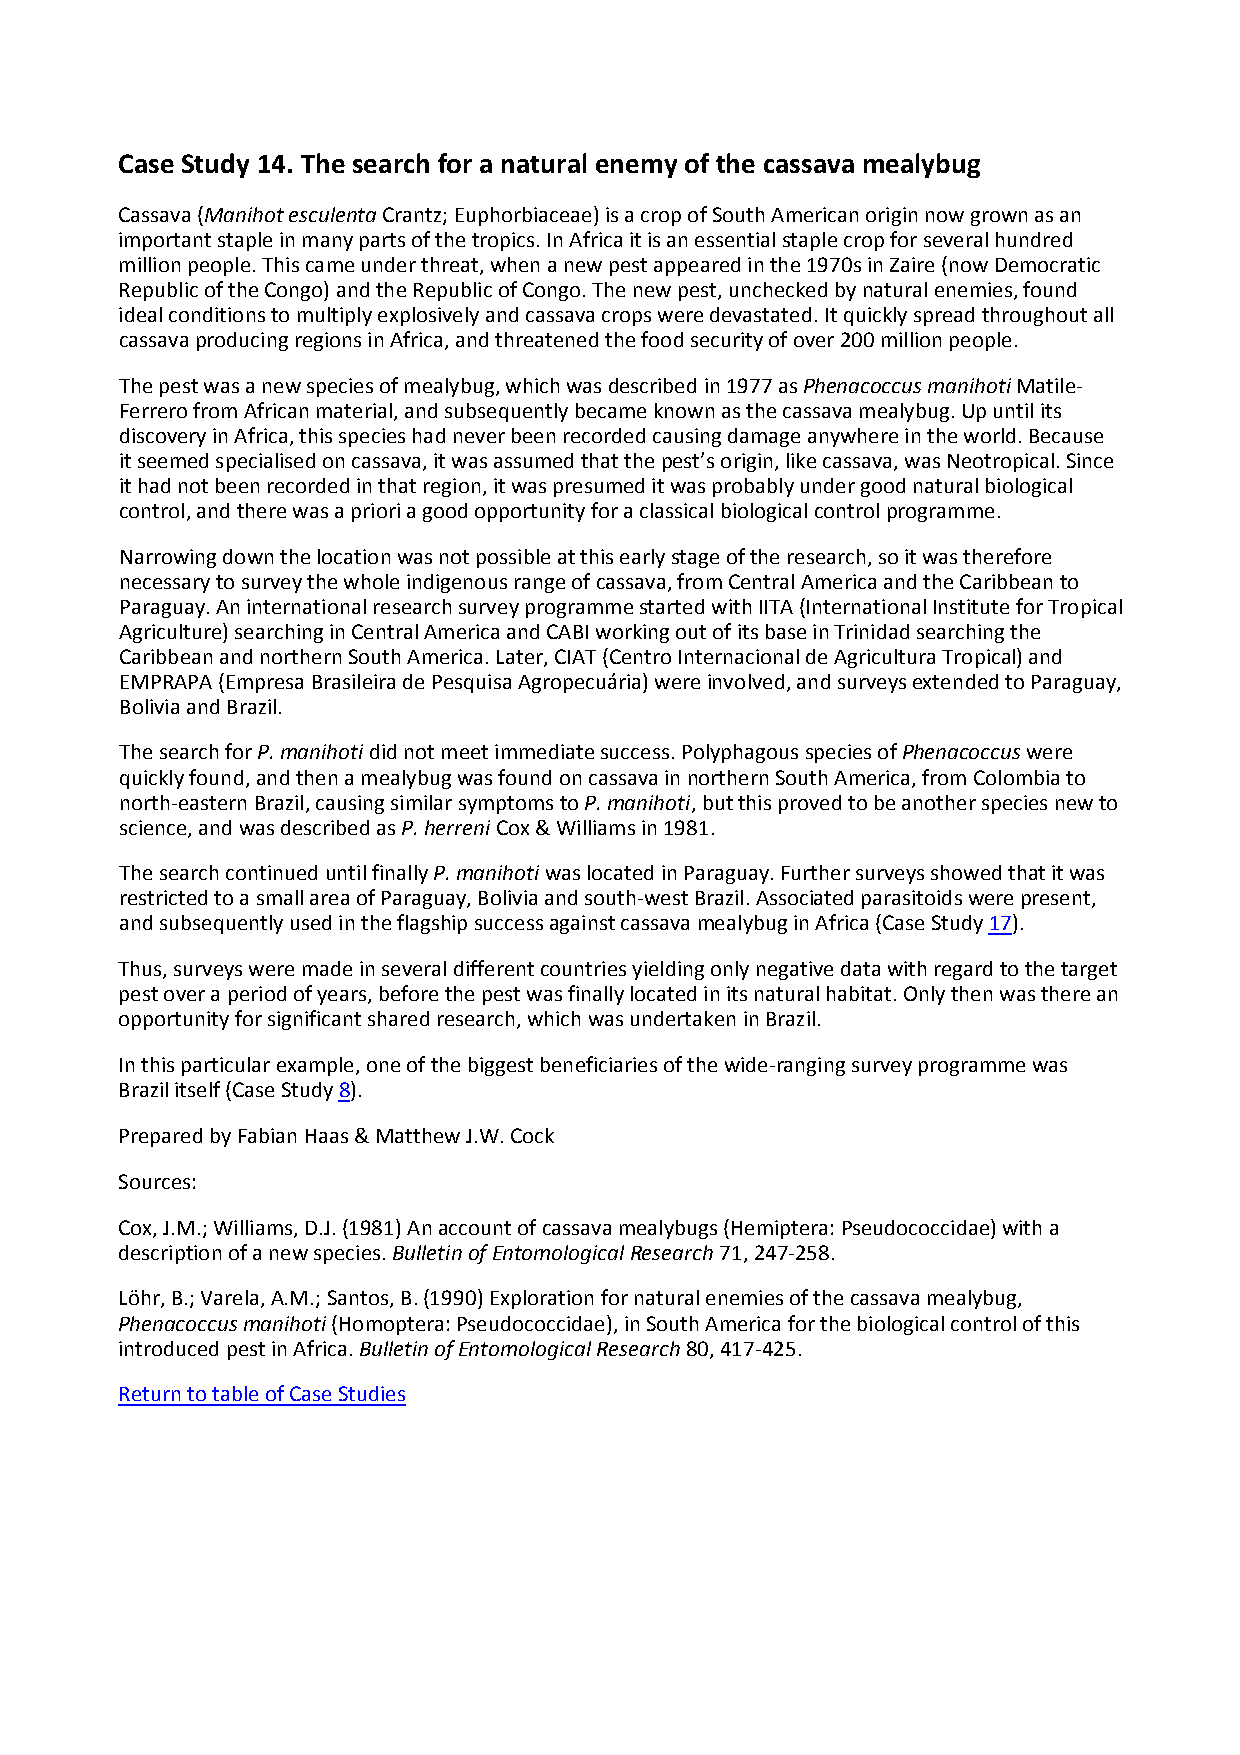
Case Study 14. The search for a natural enemy of the cassava mealybug
 Cassava (Manihot esculenta Crantz; Euphorbiaceae) is a crop of South American origin now grown as an
 important staple in many parts of the tropics. In Africa it is an essential staple crop for several hundred
 million people. This came under threat, when a new pest appeared in the 1970s in Zaire (now Democratic
 Republic of the Congo) and the Republic of Congo. The new pest, unchecked by natural enemies, found
 ideal conditions to multiply explosively and cassava crops were devastated. It quickly spread throughout all
 cassava producing regions in Africa, and threatened the food security of over 200 million people.
 The pest was a new species of mealybug, which was described in 1977 as Phenacoccus manihoti Matile‐
 Ferrero from African material, and subsequently became known as the cassava mealybug. Up until its
 discovery in Africa, this species had never been recorded causing damage anywhere in the world. Because
 it seemed specialised on cassava, it was assumed that the pest’s origin, like cassava, was Neotropical. Since
 it had not been recorded in that region, it was presumed it was probably under good natural biological
 control, and there was a priori a good opportunity for a classical biological control programme.
 Narrowing down the location was not possible at this early stage of the research, so it was therefore
 necessary to survey the whole indigenous range of cassava, from Central America and the Caribbean to
 Paraguay. An international research survey programme started with IITA (International Institute for Tropical
 Agriculture) searching in Central America and CABI working out of its base in Trinidad searching the
 Caribbean and northern South America. Later, CIAT (Centro Internacional de Agricultura Tropical) and
 EMPRAPA (Empresa Brasileira de Pesquisa Agropecuária) were involved, and surveys extended to Paraguay,
 Bolivia and Brazil.
 The search for P. manihoti did not meet immediate success. Polyphagous species of Phenacoccus were
 quickly found, and then a mealybug was found on cassava in northern South America, from Colombia to
 north‐eastern Brazil, causing similar symptoms to P. manihoti, but this proved to be another species new to
 science, and was described as P. herreni Cox & Williams in 1981.
 The search continued until finally P. manihoti was located in Paraguay. Further surveys showed that it was
 restricted to a small area of Paraguay, Bolivia and south‐west Brazil. Associated parasitoids were present,
 and subsequently used in the flagship success against cassava mealybug in Africa (Case Study 17).
 Thus, surveys were made in several different countries yielding only negative data with regard to the target
 pest over a period of years, before the pest was finally located in its natural habitat. Only then was there an
 opportunity for significant shared research, which was undertaken in Brazil.
 In this particular example, one of the biggest beneficiaries of the wide‐ranging survey programme was
 Brazil itself (Case Study 8).
 Prepared by Fabian Haas & Matthew J.W. Cock
 Sources:
 Cox, J.M.; Williams, D.J. (1981) An account of cassava mealybugs (Hemiptera: Pseudococcidae) with a
 description of a new species. Bulletin of Entomological Research 71, 247‐258.
 Löhr, B.; Varela, A.M.; Santos, B. (1990) Exploration for natural enemies of the cassava mealybug,
 Phenacoccus manihoti (Homoptera: Pseudococcidae), in South America for the biological control of this
 introduced pest in Africa. Bulletin of Entomological Research 80, 417‐425.
 Return to table of Case Studies